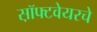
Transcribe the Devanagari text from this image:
स़ॉफ्टवेयरचे